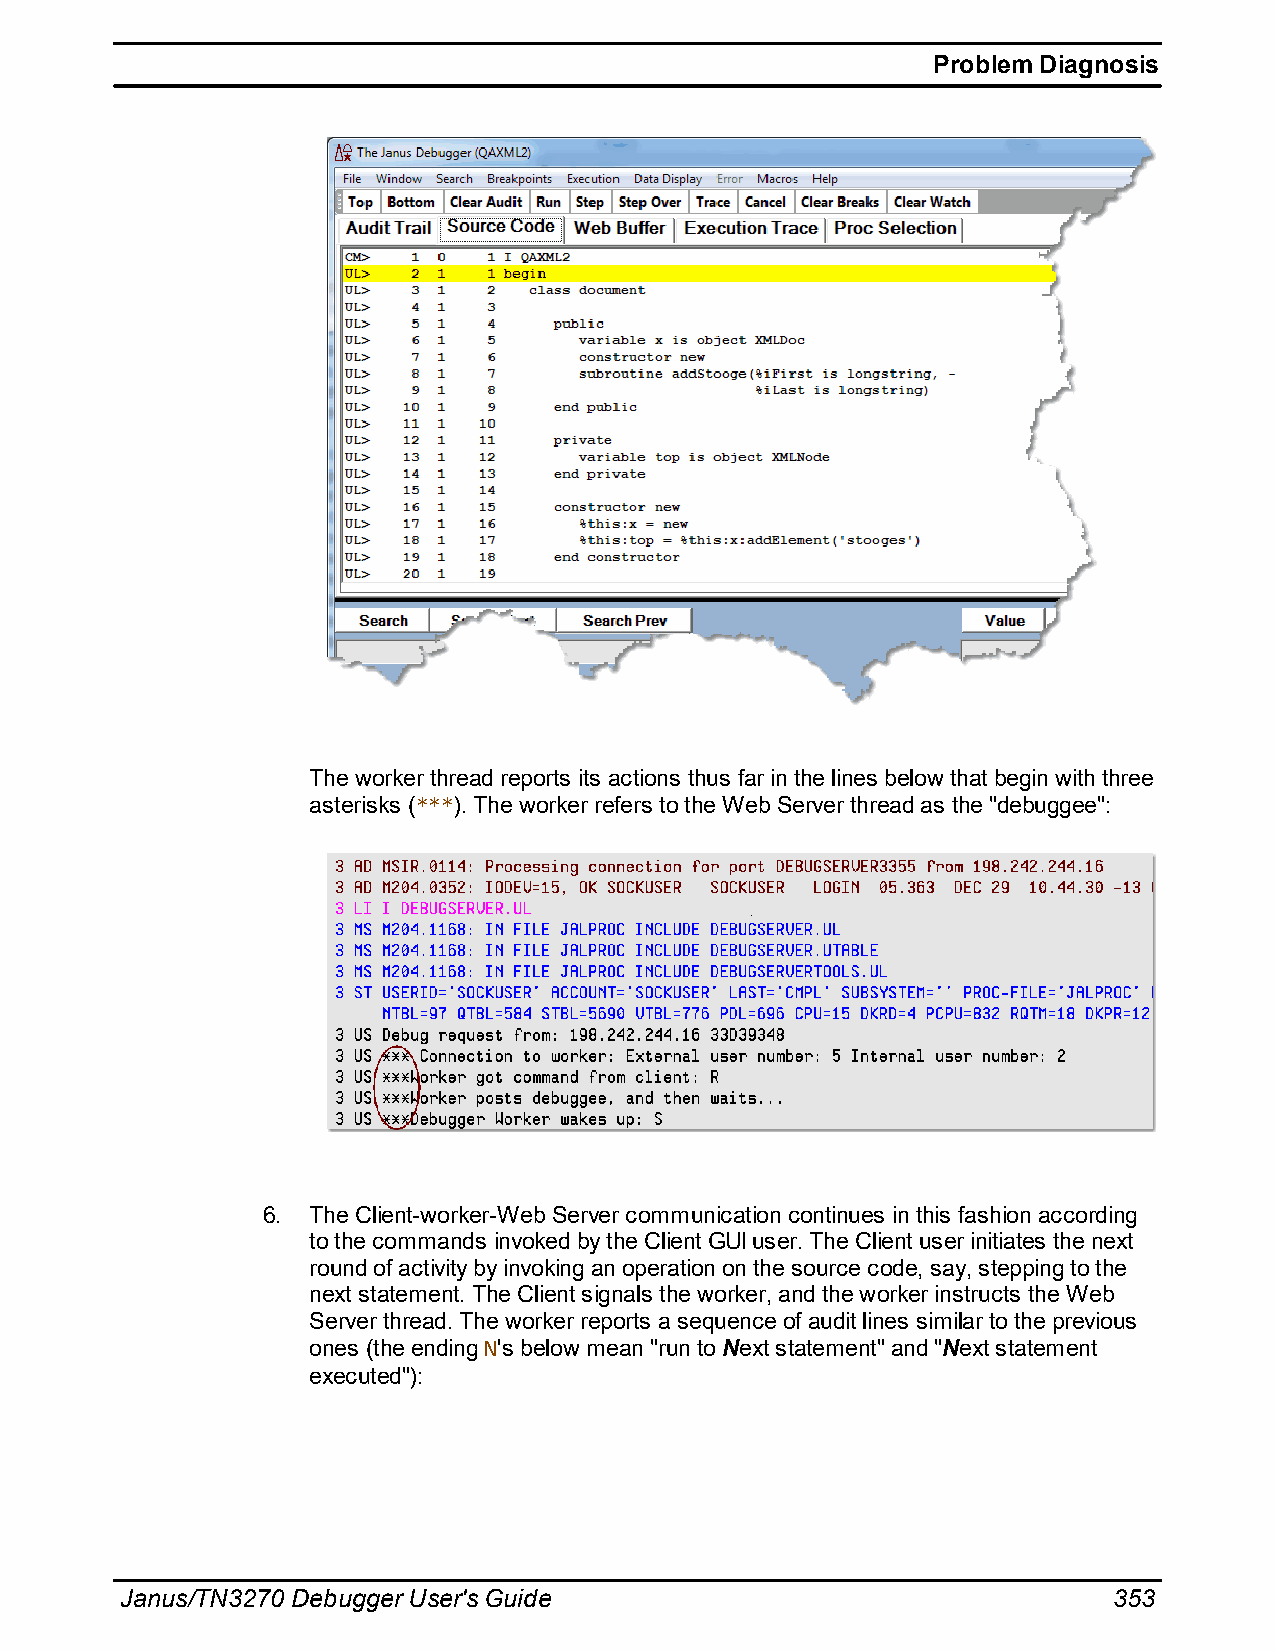
Problem Diagnosis
 The worker thread reports its actions thus far in the lines below that begin with three
 asterisks (***). The worker refers to the Web Server thread as the "debuggee":
 6. The Client-worker-Web Server communication continues in this fashion according
 to the commands invoked by the Client GUI user. The Client user initiates the next
 round of activity by invoking an operation on the source code, say, stepping to the
 next statement. The Client signals the worker, and the worker instructs the Web
 Server thread. The worker reports a sequence of audit lines similar to the previous
 ones (the ending N's below mean "run to Next statement" and "Next statement
 executed"):
 Janus/TN3270 Debugger User's Guide                                353